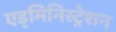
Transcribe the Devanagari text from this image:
एड्मिनिस्ट्रेशन